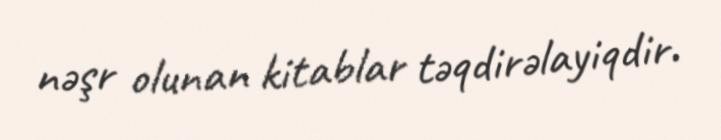
nəşr olunan kitablar təqdirəlayiqdir.